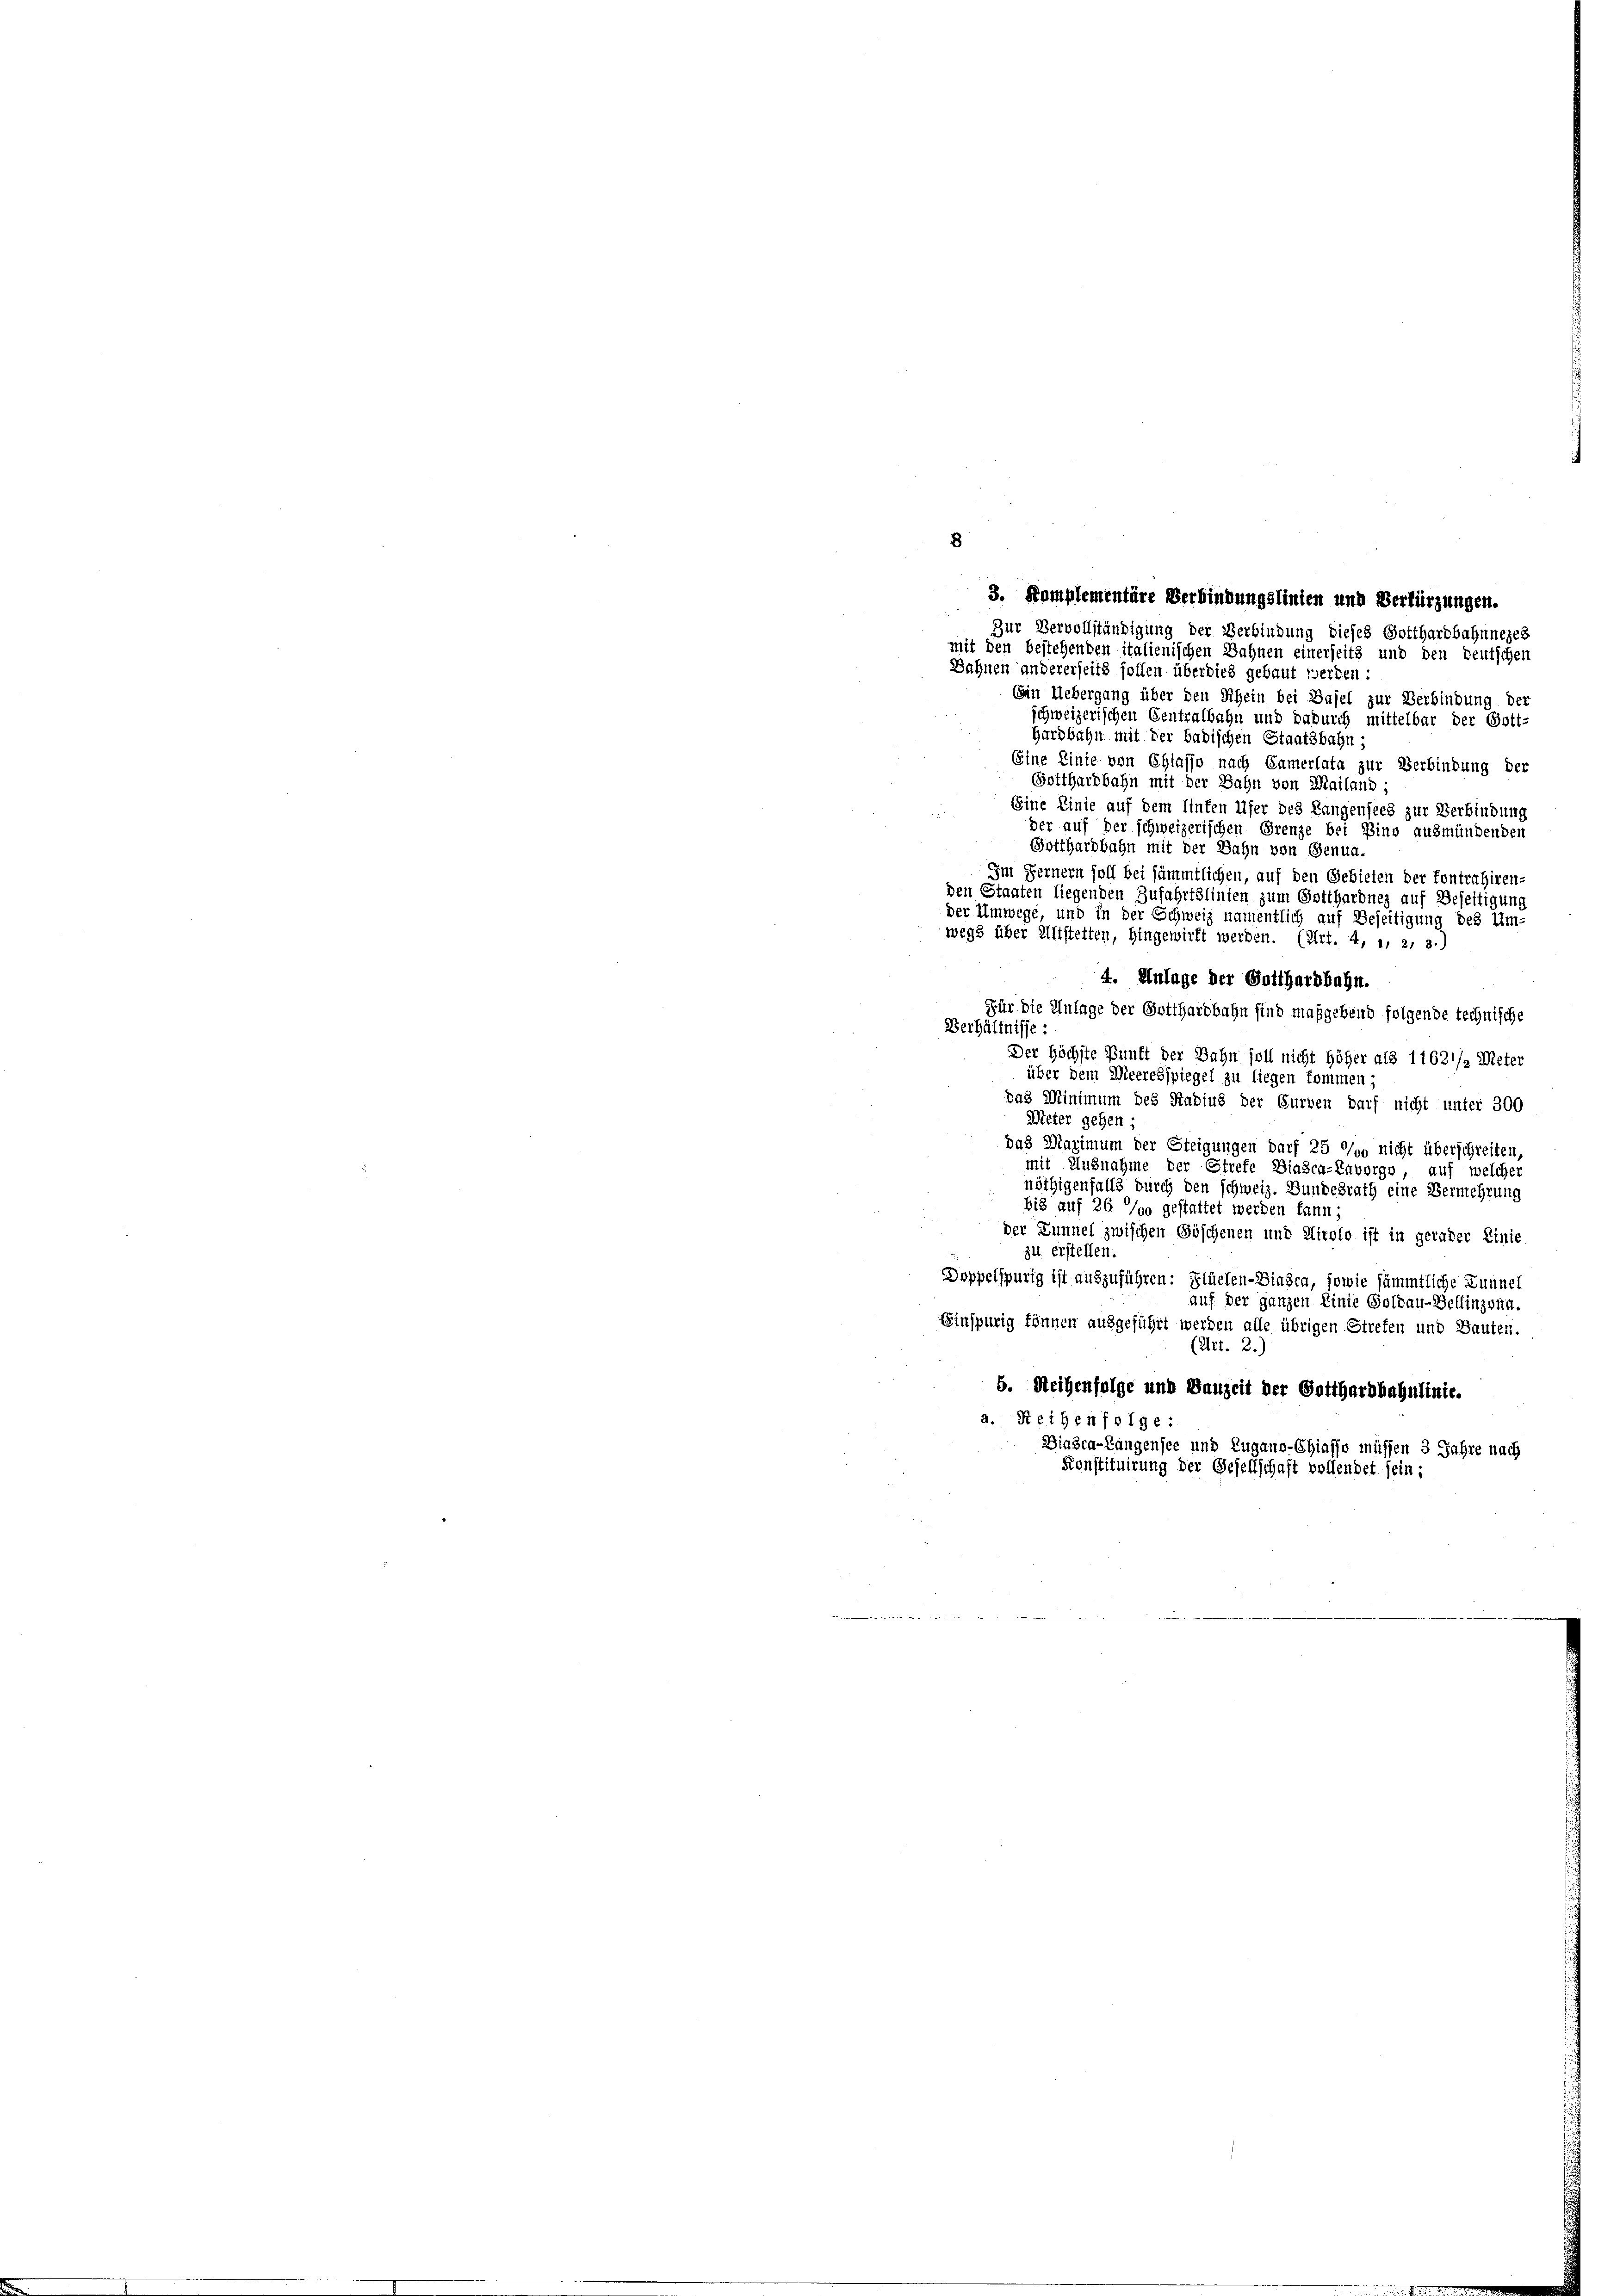
(in Uebergang über den Schein bei Basel zur Verbindung der
schweizerischen Centralbahn und dadurch mittelbar der Gott-
Hardbahn mit der badischen Staatsbahn;
Eine Linie von Chiasso nach Camerlata zur Verbindung der
Gotthardbahn mit der Bahn von Mailand;
Eine Linie auf dem Hinten Ufer des Langensees zur Verbindung
der auf der schweizerischen Grenze bei Eino ausmündenden
Gotthardbahn mit der Bahn von Genua-
Im Fernern soll bei sämmtlichen, auf den Gebieten der Kontrahiren-
den Staaten liegenden Zufahrtslinten zum Gotthardney auf Beseitigung
der Umwege, und in der Schweiz namentlich auf Beseitigung des Um-
wegs über Altstetten, hingewirft werden. (Art. 4, 1, 2, 3.)
4. Unlage der Gotthardbahn.
Für die Anlage der Gotthardbahn sind maßgebend folgende technische
Verhältnisse:
Der Höchste Zunft der Bahn soll nicht höher als 11621/2 Meter
über dem Meeresspiegel zu liegen kommen;
das Minimum des Stadius der Gurven darf nicht unter 300
Meter gehen;
das Maximum der Steigungen darf 25 °/o nicht überschreiten,
mit Ausnahme der Stiefe Biasca-Envorge, auf welcher
nöthigenfalls durch den schweiz. Bundesrath eine Vermehrung
bis auf 26 %oo gestattet werden kann;
der Lunnel zwischen Göschenen und Airolo ist in gerader Linie
zu erstellen.
Doppelspurig ist auszuführen: Flüelen- Diesen, sowie sämmtliche Lunnel
auf der ganzen Linie Goldau-Bellinzona.
Einspurig können ausgeführt werden alle übrigen Strefen und Bauten.
(Art. 2.)
5. Reihenfolge und Bauzeit der Gotthardbahnlinie.
a. Reihenfolge:
Diasca-Langensee und Zugano-Chiasso müssen 3 Jahre nach
Konstituirung der Gesellschaft vollendet sein:

8
Zur Vervollständigung der Verbindung dieses Gotthardbahnneges
mit den bestehenden italienischen Bahnen einerseits und den deutschen
Bahnen andererseits sollen überdies gebaut werden:

3. Komplementäre Verbindungslinien und Verlürzungen.